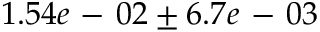
1 . 5 4 e \mathrm { ~ - ~ } 0 2 \pm 6 . 7 e \mathrm { ~ - ~ } 0 3